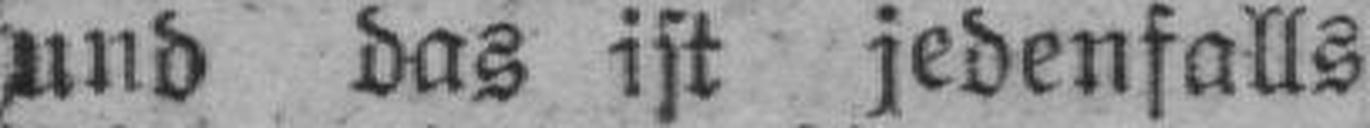
und das ist jedenfalls